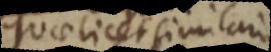
quae licet similari